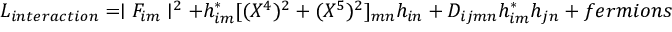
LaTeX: L _ { i n t e r a c t i o n } = \mid F _ { i m } \mid ^ { 2 } + h _ { i m } ^ { \ast } [ ( X ^ { 4 } ) ^ { 2 } + ( X ^ { 5 } ) ^ { 2 } ] _ { m n } h _ { i n } + D _ { i j m n } h _ { i m } ^ { \ast } h _ { j n } + f e r m i o n s